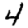
Digit: 4